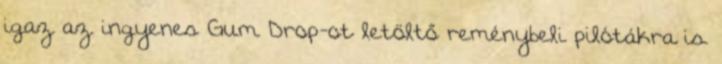
igaz az ingyenes Gum Drop-ot letöltő reménybeli pilótákra is.